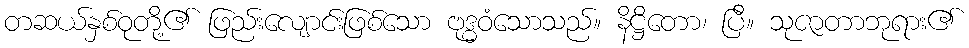
တဆယ်နှစ်ဝုတို့၏ ဖြည်းလျောင်းဖြစ်သော ဗုဒ္ဓဝံသောသည်။ နိဋ္ဌိတော၊ ပြီ။ သုဇာတာဘုရား၏